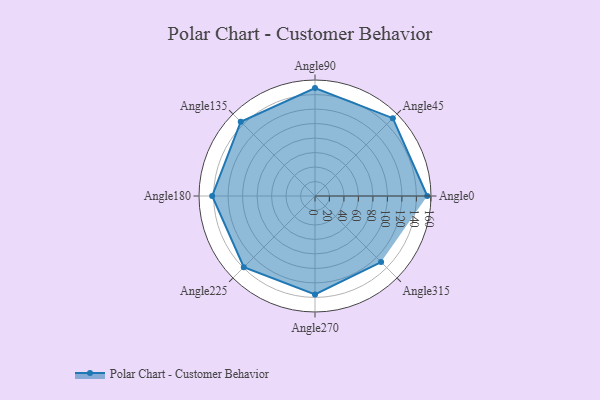
{"axis": {"x": "Angle", "y": "Radius"}, "legend": [""], "data": [{"x": "Angle0", "y": 155.0, "type": ""}, {"x": "Angle45", "y": 152.0, "type": ""}, {"x": "Angle90", "y": 149.0, "type": ""}, {"x": "Angle135", "y": 145.0, "type": ""}, {"x": "Angle180", "y": 142.0, "type": ""}, {"x": "Angle225", "y": 139.0, "type": ""}, {"x": "Angle270", "y": 136.0, "type": ""}, {"x": "Angle315", "y": 129.0, "type": ""}]}